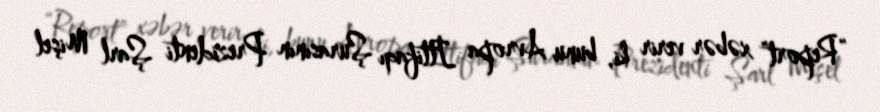
“Report” xəbər verir ki, bunu Avropa İttifaqı Şurasının Prezidenti Şarl Mişel